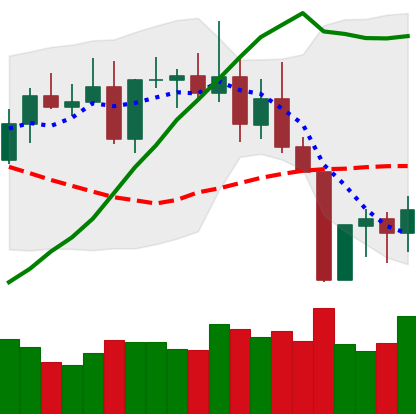
Ticker: TRX-USD
Chart end date: 2022-08-23
Forward return: -7.225%
Label: down_7plus